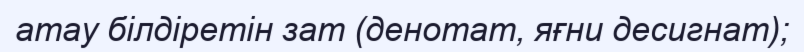
атау білдіретін зат (денотат, яғни десигнат);